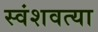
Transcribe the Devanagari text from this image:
स्वंशवत्या